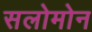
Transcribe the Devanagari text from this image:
सलोमोन